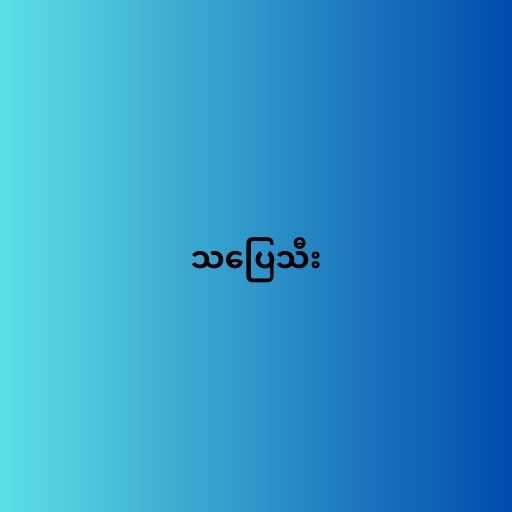
သပြေသီး